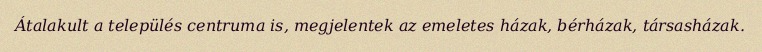
Átalakult a település centruma is, megjelentek az emeletes házak, bérházak, társasházak.